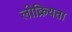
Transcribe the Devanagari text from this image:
लोक्रियता